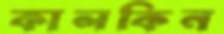
কালকিন